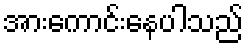
အားကောင်းနေပါသည်